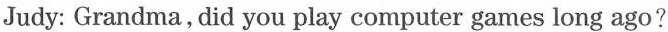
Judy: Grandma, did you play computer games long ago?